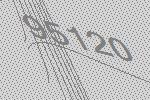
95120